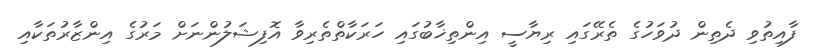
ފާއިތުވި ދެތިން ދުވަހުގެ ތެރޭގައި ރިޔާސީ އިންތިޚާބުގައި ހަރަކާތްތެރިވާ އޮފިޝަލުންނަށް މަރުގެ އިންޒާރުތަކާއި